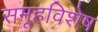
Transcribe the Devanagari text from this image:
समूहविशेष